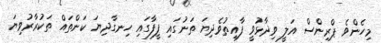
މިހެންވެ ޕްރިންސް އަލީ ވިދާޅުވީ ފާއިތުވެދިޔަ ތަނުގައި ފީފާގައި ހިނގާދިޔަ ކަންތައް ތަކުރާރުވިޔަ